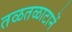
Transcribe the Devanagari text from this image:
तळतळाटानें